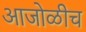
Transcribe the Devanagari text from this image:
आजोळीच